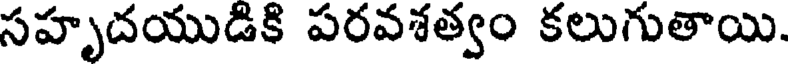
సహృదయుడికి పరవశత్వం కలుగుతాయి.